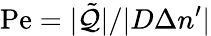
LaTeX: \mathrm{Pe}=|\tilde{\cal Q}|/|D\Delta n^{\prime}|